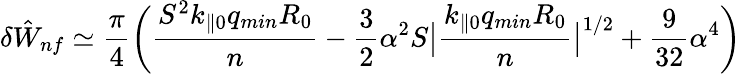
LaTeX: \delta{\hat{W}}_{nf}\simeq\frac{\pi}{4}\bigg(\frac{S^{2}k_{\parallel 0}q_{min}R_{0}}{n}-\frac{3}{2}\alpha^{2}S\big|\frac{k_{\parallel 0}q_{min}R_{0}}{n}\big|^{1/2}+\frac{9}{32}\alpha^{4}\bigg)